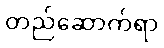
တည်ဆောက်ရာ